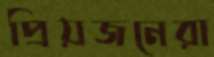
প্রিয়জনেরা